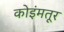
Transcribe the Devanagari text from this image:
कोइंमतूर